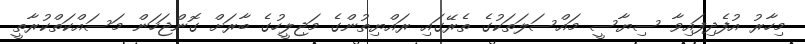
މިހާރު އުފެދިފައިވާ ސިޔާސީ މައްސަލަތަކުގެ ތެރޭގައި ރައްޔިތުންގެ މަޖިލީހުގެ ބާރަށް ގޮންޖަހަން މަސައްކަތްކުރާތީ